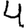
Digit: 4